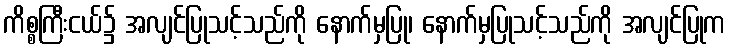
ကိစ္စကြီးငယ်၌ အလျင်ပြုသင့်သည်ကို နောက်မှပြု၊ နောက်မှပြုသင့်သည်ကို အလျင်ပြုက